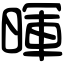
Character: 暉